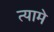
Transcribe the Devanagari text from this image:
त्यामे